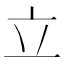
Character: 立